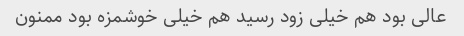
عالی بود هم خیلی زود رسید هم خیلی خوشمزه بود ممنون